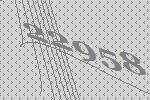
22958